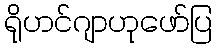
ရိုဟင်ဂျာဟုဖော်ပြ